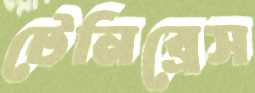
টেনিব্রেস